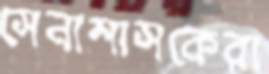
সেনাশাসকেরা